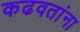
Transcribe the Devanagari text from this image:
कढवतांना